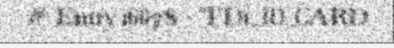
# Entry 16678 - TD1_ID_CARD